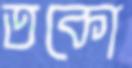
তকো